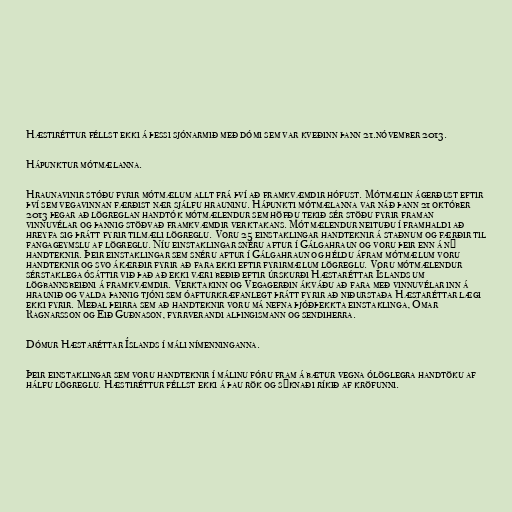
Hæstiréttur féllst ekki á þessi sjónarmið með dómi sem var kveðinn þann 21.nóvember 2013.

Hápunktur mótmælanna.

Hraunavinir stóðu fyrir mótmælum allt frá því að framkvæmdir hófust. Mótmælin ágerðust eftir
því sem vegavinnan færðist nær sjálfu hrauninu. Hápunkti mótmælanna var náð þann 21 október
2013 þegar að lögreglan handtók mótmælendur sem höfðu tekið sér stöðu fyrir framan
vinnuvélar og þannig stöðvað framkvæmdir verktakans. Mótmælendur neituðu í framhaldi að
hreyfa sig þrátt fyrir tilmæli lögreglu. Voru 25 einstaklingar handteknir á staðnum og færðir til
fangageymslu af lögreglu. Níu einstaklingar snéru aftur í Gálgahraun og voru þeir enn á ný
handteknir. Þeir einstaklingar sem snéru aftur í Gálgahraun og héldu áfram mótmælum voru
handteknir og svo ákærðir fyrir að fara ekki eftir fyrirmælum lögreglu. Voru mótmælendur
sérstaklega ósáttir við það að ekki væri beðið eftir úrskurði Hæstaréttar Íslands um
lögbannsbeiðni á framkvæmdir. Verktakinn og Vegagerðin ákváðu að fara með vinnuvélar inn á
hraunið og valda þannig tjóni sem óafturkræfanlegt þrátt fyrir að niðurstaða Hæstaréttar lægi
ekki fyrir. Meðal þeirra sem að handteknir voru má nefna þjóðþekkta einstaklinga, Ómar
Ragnarsson og Eið Guðnason, fyrrverandi alþingismann og sendiherra.

Dómur Hæstaréttar Íslands í máli nímenninganna.

Þeir einstaklingar sem voru handteknir í málinu fóru fram á bætur vegna ólöglegra handtöku af
hálfu lögreglu. Hæstiréttur féllst ekki á þau rök og sýknaði ríkið af kröfunni.